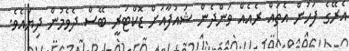
އެރޭގެ ފަހުން އެތައް ރެއެއް ވަންދެން ޝައުފާއަށް ޑޮކްޓަރީ ބޭސް ދެވެމުން ދިޔައެވެ.